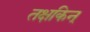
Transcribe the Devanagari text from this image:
तक्षकिन्